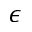
\epsilon